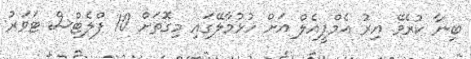
ބިނާ ކުރެވޭ އިރު އެމްޕީއެލް އަށް ހުޅުމާލޭގައި މިގޮތަށް 10 ފްލެޓްސް ޓަވަރު